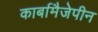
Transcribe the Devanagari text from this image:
कार्बामैजेपीन